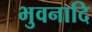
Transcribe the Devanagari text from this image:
भुवनादि